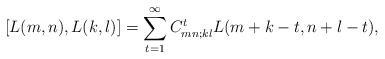
\begin{align*}\left[ L(m,n),L(k,l)\right] =\sum_{t=1}^{\infty }C_{mn;kl}^{t}L(m+k-t,n+l-t),\end{align*}